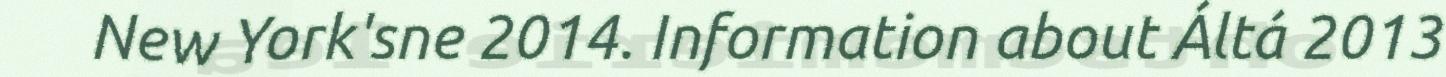
New York'sne 2014. Information about Áltá 2013